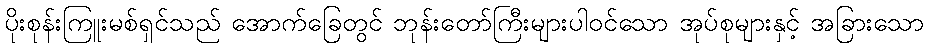
ပိုးစုန်းကြူးမစ်ရှင်သည် အောက်ခြေတွင် ဘုန်းတော်ကြီးများပါဝင်သော အုပ်စုများနှင့် အခြားသော